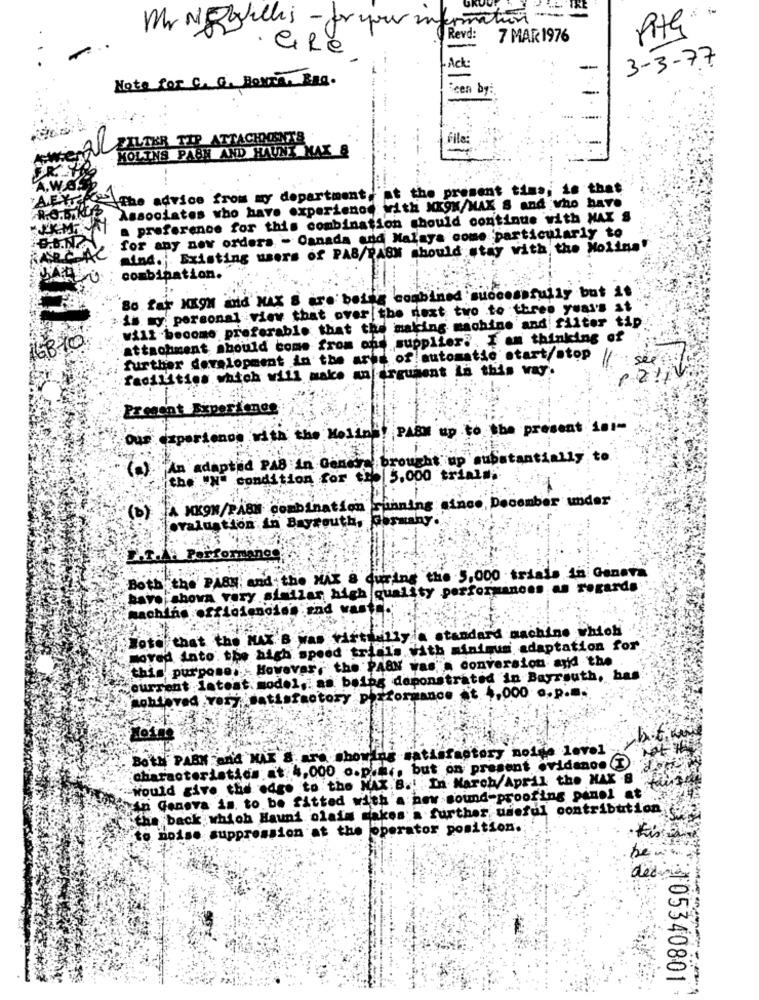
== =
Pita.
Mr Noyelles- for your information
Revd:
7 MAR 1976
· GiRe
3-3-77
Ack:
-
Note for C. G. Boura. Bag.
:een by:
FILTER TIP ATTACHMENTS
File:
-
MOLINS PABN AND HAUNX MAX &
The advice from my department.'at the present tims; is that
Associates who have experience with XKON/MAX S and who have
a preference for this combination should continue with MAX S
for any new ordera - Canada and Malaya come particularly to
Mind.Existing users of PAB/PASN should stay with the Molina"
combination.
So far NKOM mid MAX 8 are being combined successfully but it
is my personal view that over the next two to three years at
will become preferable that the making machine and filter ti
attachment should come from ond supplier .. I am thinking
further development in the area of automatic start/stop
see
facilities which will make an argument in this way.
Present Experience
Our experience with the Melins! PASM up to the present in !-
An adapted PAS in Genera brought up substantially to.
the "x"
condition for the 5,000 trials.
A MKON/PASM combination cunning since December under
'(b)
fevaluation in Bayrouth, Germany.
Perfo
mange
Both the' PASN, and the MAX & during the 5,000 trials in Geneva
Bare showa very similar high quality performances as regards .
Note that the MAX.B was Virtuallya standard machine which
moved into. the high speed trials With minimum adaptation for
this purpose. However, the PASN was a conversion and the .
current latest model ,: as bains demonstrated in Bayreuth, bas
mohlaved ,very satisfactory performance t. +,000 a.p.m.
LOine
BO'tH PABN and MAX 8. are showing satisfactory noise level
characteristics at 4,000 o.p.m ., but on present ovidanos (I)
Would give the edge to the MAX.B. In March/April the HAK 8
yin Geneva is to be fitted with'a new sound-proofing panel at
"the back which Hauni olais makes a further useful contribution
to noise suppression at the operator position.
:105340801